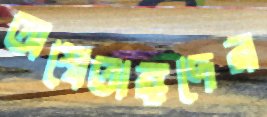
অশ্বেতাঙ্গদের